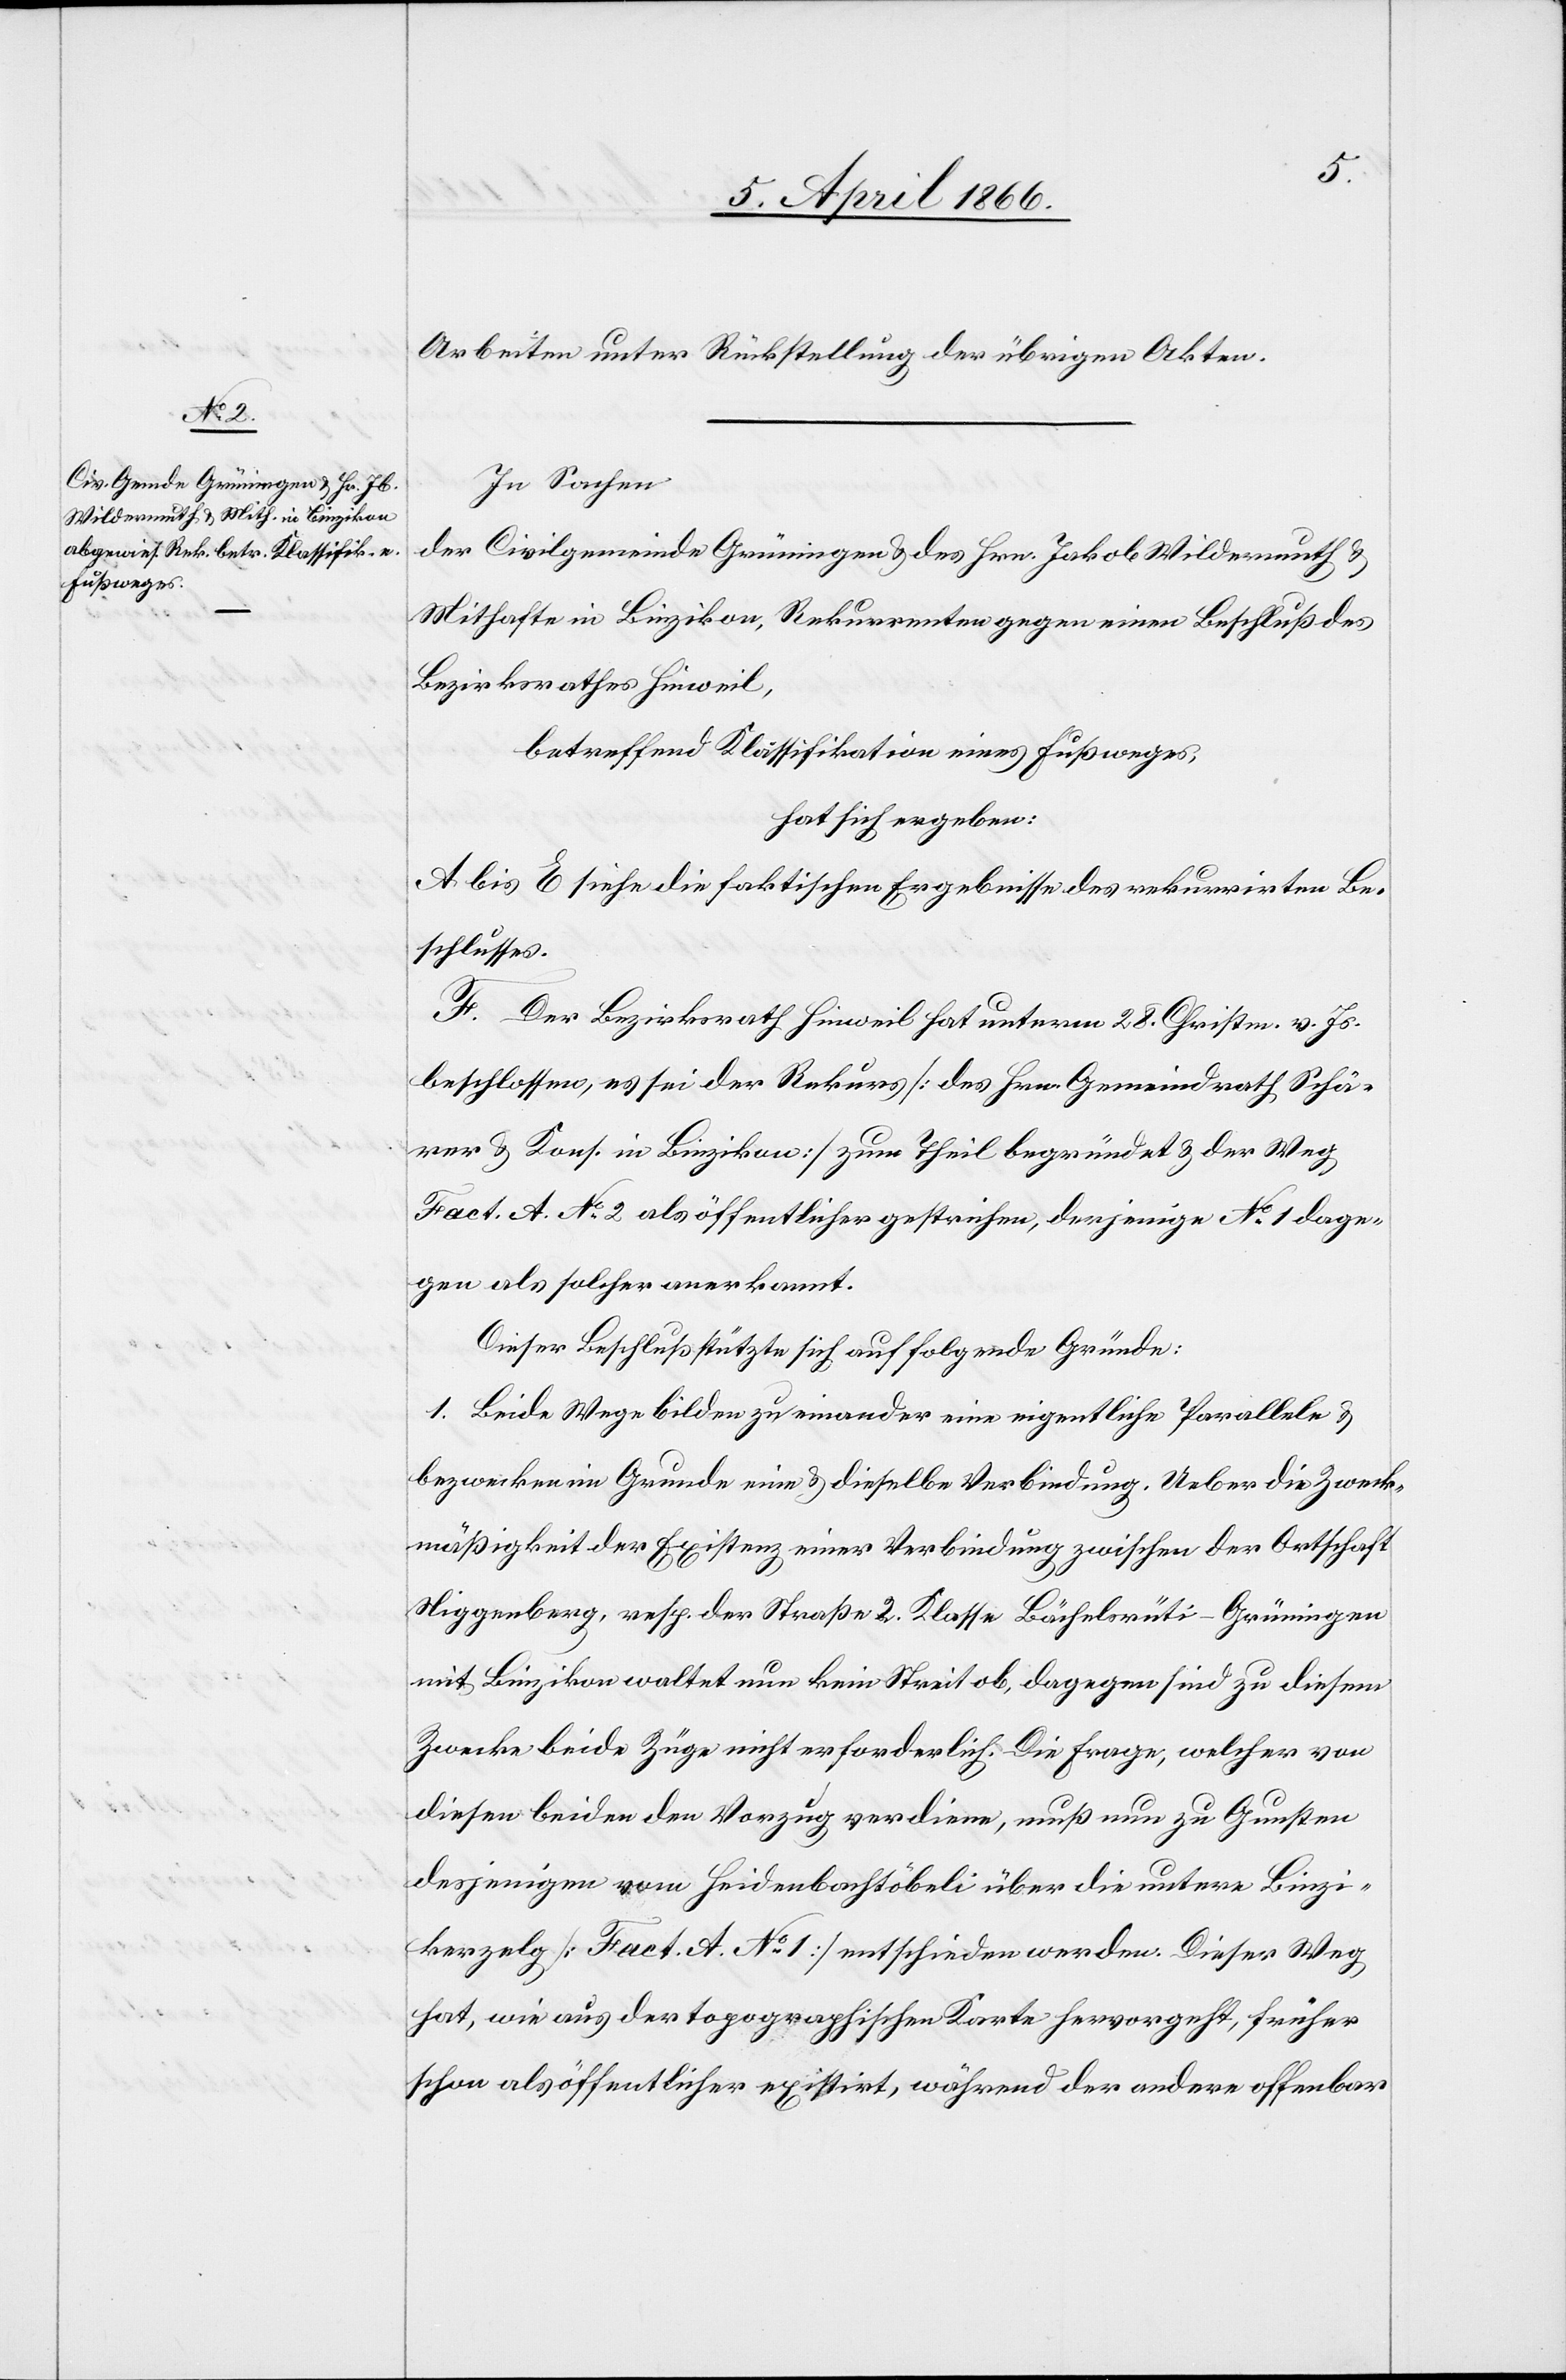
Arbeiten unter Rückstellung der übrigen Akten.